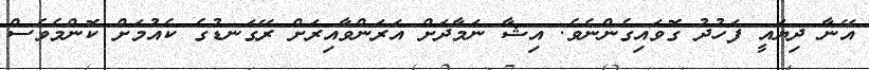
އޭނާ ދިޔައީ ފަހުދު ގޮވައިގެންނެވެ. އިޝާ ނަމާދަށް އަރަންވާއިރަށް ރޭގަނޑުގެ ކެއުމަށް ކޮންމެވެސް